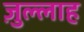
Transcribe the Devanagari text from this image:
ज़ुल्लाह